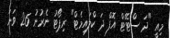
މިއީ "ދަ ސްޓޭޓް އޮފް ދަ ކްލައިމެޓް" ރިޕޯޓު ނެރުނު 26 ވަނަ